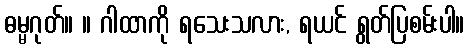
ဓမ္မဂုတ်။ ။ ဂါထာကို ရသေးသလား, ရယင် ရွတ်ပြစမ်းပါ။